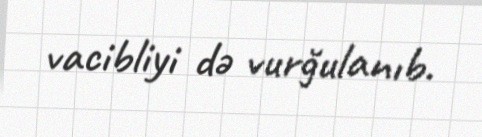
vacibliyi də vurğulanıb.